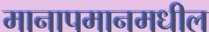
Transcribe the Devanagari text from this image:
मानापमानमधील